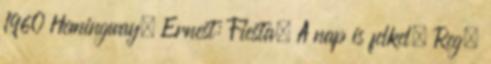
1960 Hemingway, Ernest: Fiesta. A nap is felkel. Reg.